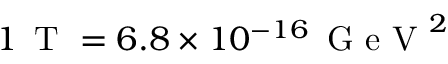
1 \, \mathrm { ~ T ~ } = 6 . 8 \times 1 0 ^ { - 1 6 } \, \mathrm { ~ G ~ e ~ V ~ } ^ { 2 }